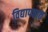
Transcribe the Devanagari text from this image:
विद्यापठात